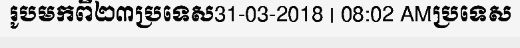
រូបមកពី២៣ប្រទេស31-03-2018 | 08:02 AMប្រទេស